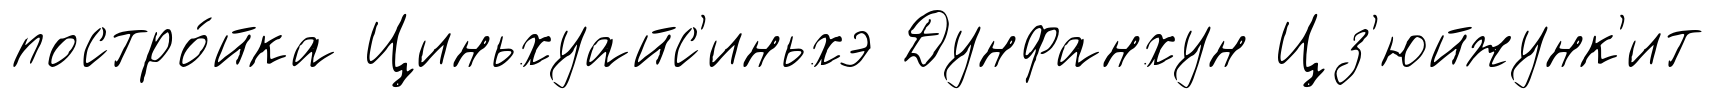
постро́йка Циньхуайс'иньхэ Дунфанхун Цз'юйжунк'ит